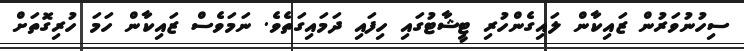
ސިހުނުވަރުން ޒައިކާން ލައިގެންހުރި ޓީޝާޓުގައި ހިފައި ދަމައިގަތެވެ. ނަމަވެސް ޒައިކާން ހަމަ ހުރިގޮތަށް